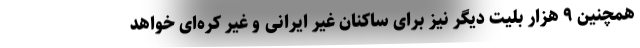
همچنین ۹ هزار بلیت دیگر نیز برای ساکنان غیر ایرانی و غیر کره‌ای خواهد